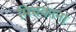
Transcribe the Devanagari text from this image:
मिचकाना